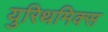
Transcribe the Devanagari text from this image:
युरिथमिक्स